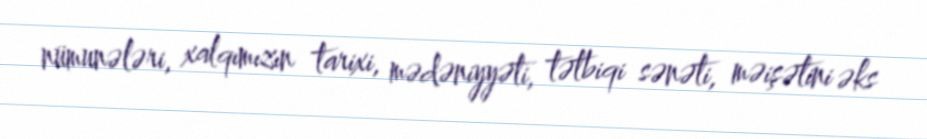
nümunələri, xalqımızın tarixi, mədəniyyəti, tətbiqi sənəti, məişətini əks